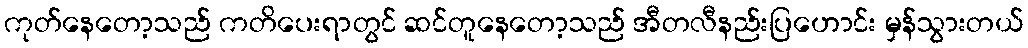
ကုတ်နေတော့သည် ကတိပေးရာတွင် ဆင်တူနေတော့သည် အီတလီနည်းပြဟောင်း မှန်သွားတယ်